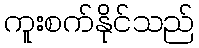
ကူးစက်နိုင်သည်